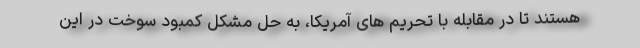
هستند تا در مقابله با تحریم های آمریکا، به حل مشکل کمبود سوخت در این